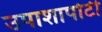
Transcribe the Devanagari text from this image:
उपाशापोटी